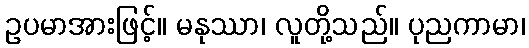
ဥပမာအားဖြင့်။ မနုဿာ၊ လူတို့သည်။ ပုညကာမာ၊